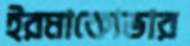
ইরমাকোভার